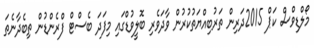
މޯލްޑިވްސް ކަޕް 2015ދަރިން ތަރުބިއްޔަތުކުރުން ވާދަވެރި ބޮލީވުޑްގައި މިފަދަ ބެސްޓް ފްރެންޑުން ތިބެދާނެތަ